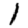
Digit: 1